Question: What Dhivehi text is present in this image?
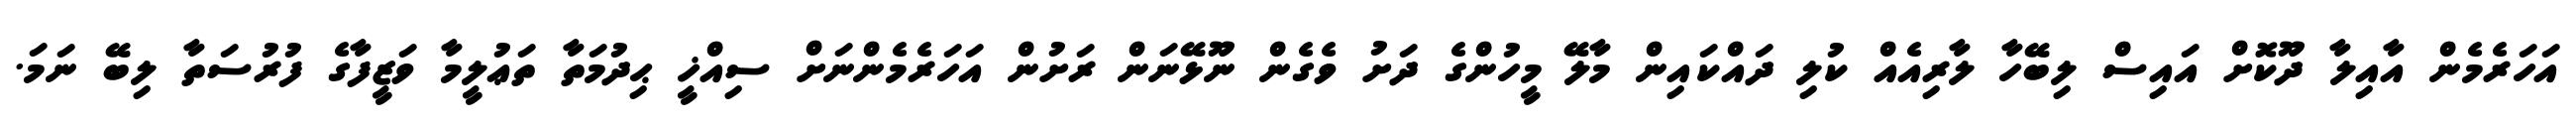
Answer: އަހަރެމެން އާއިލާ ދޫކޮށް އައިސް ލިބޭހާ ލާރިއެއް ކުލި ދައްކައިން މާލޭ މީހުންގެ ދަށު ވެގެން ނޫޅޭނަން ރަށުން އަހަރެމެންނަށް ސިއްޚީ ޙިދުމަތާ ތަޢުލީމާ ވަޒީފާގެ ފުރުސަތާ ލިބޭ ނަމަ.